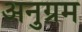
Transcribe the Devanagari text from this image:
अनुग्रम